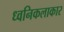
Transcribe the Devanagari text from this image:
ध्वनिकलाकार